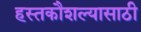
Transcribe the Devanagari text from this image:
हस्तकौशल्यासाठी